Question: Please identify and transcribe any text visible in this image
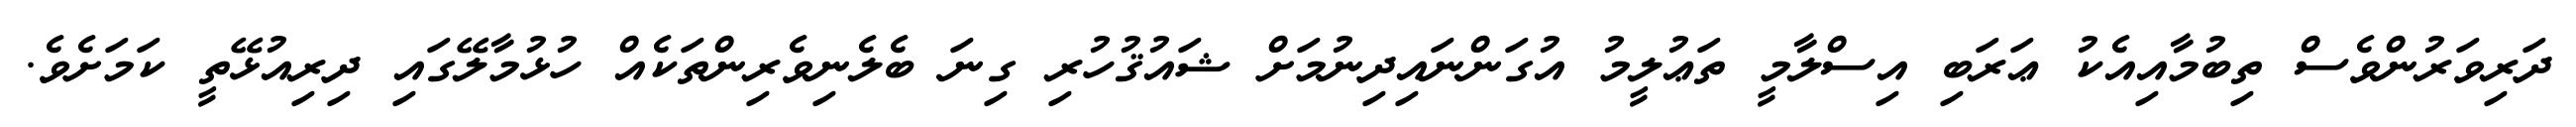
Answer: ދަރިވަރުންވެސް ތިބުމާއިއެކު ޢަރަބި އިސްލާމީ ތަޢުލީމު އުގަންނައިދިނުމަށް ޝައުޤުހުރި ގިނަ ބެލެނިވެރިންތަކެއް ހުޅުމާލޭގައި ދިރިއުޅޭތީ ކަމަށެވެ.